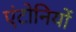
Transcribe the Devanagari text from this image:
एंटोनियों